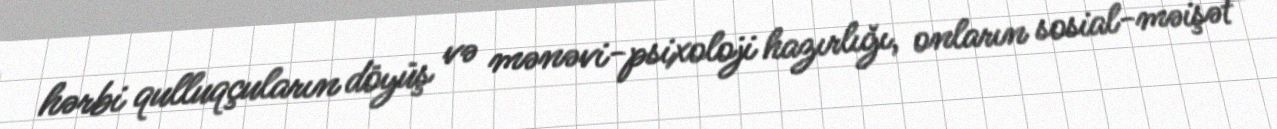
hərbi qulluqçuların döyüş və mənəvi-psixoloji hazırlığı, onların sosial-məişət